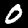
Digit: 0